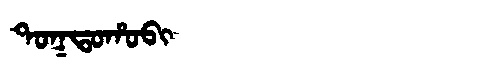
Manchu: ᡨᠣᡴᡨᠣᡥᠣᠪᡳ
Romanization: TOKTOHOBI